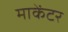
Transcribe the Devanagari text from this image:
माकेंटर